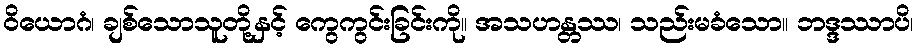
ဝိယောဂံ၊ ချစ်သောသူတို့နှင့် ကွေကွင်းခြင်းကို။ အသဟန္တဿ၊ သည်းမခံသော။ ဘဒ္ဒဿာပိ၊